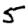
Digit: 5